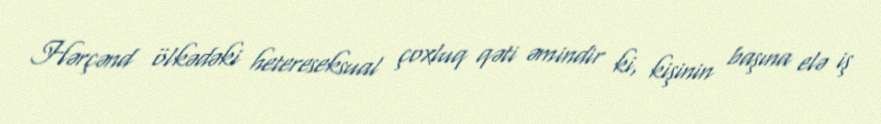
Hərçənd ölkədəki hetereseksual çoxluq qəti əmindir ki, kişinin başına elə iş